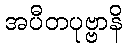
အပီတပုဗ္ဗာနိ